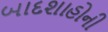
બાદશાહોની